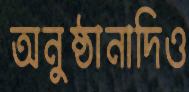
অনুষ্ঠানাদিও